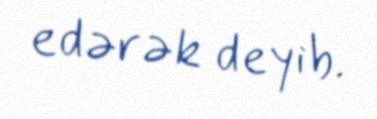
edərək deyib.